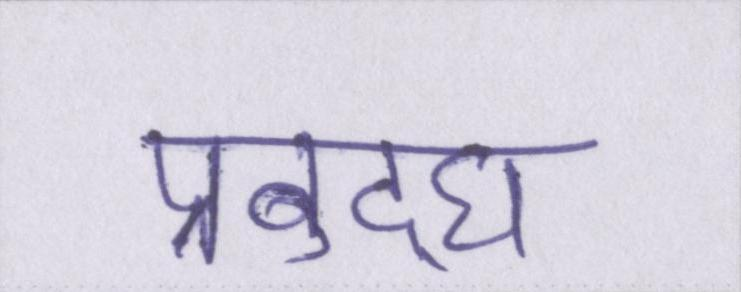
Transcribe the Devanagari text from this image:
प्रबुद्घ